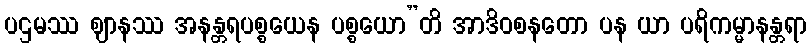
ပဌမဿ ဈာနဿ အနန္တရပစ္စယေန ပစ္စယော”တိ အာဒိဝစနတော ပန ယာ ပရိကမ္မာနန္တရာ